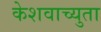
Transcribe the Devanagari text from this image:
केेशवाच्युता